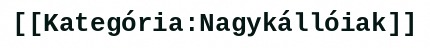
[[Kategória:Nagykállóiak]]